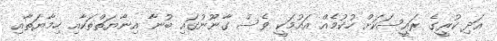
އަދި ކުރީގެ ރައީސަކަށް ހުކުމެއް އައުމަކީ ވެސް ގާނޫނުގައި ބުނާ އިނާޔަތްތަކާއި ހިމާޔަތާއި